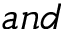
a n d